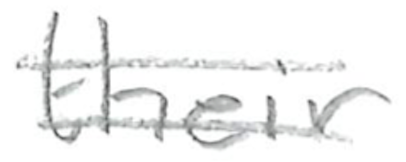
Text: their
Cross-out: double-line
Writing tool: pencil